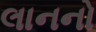
લાનનો